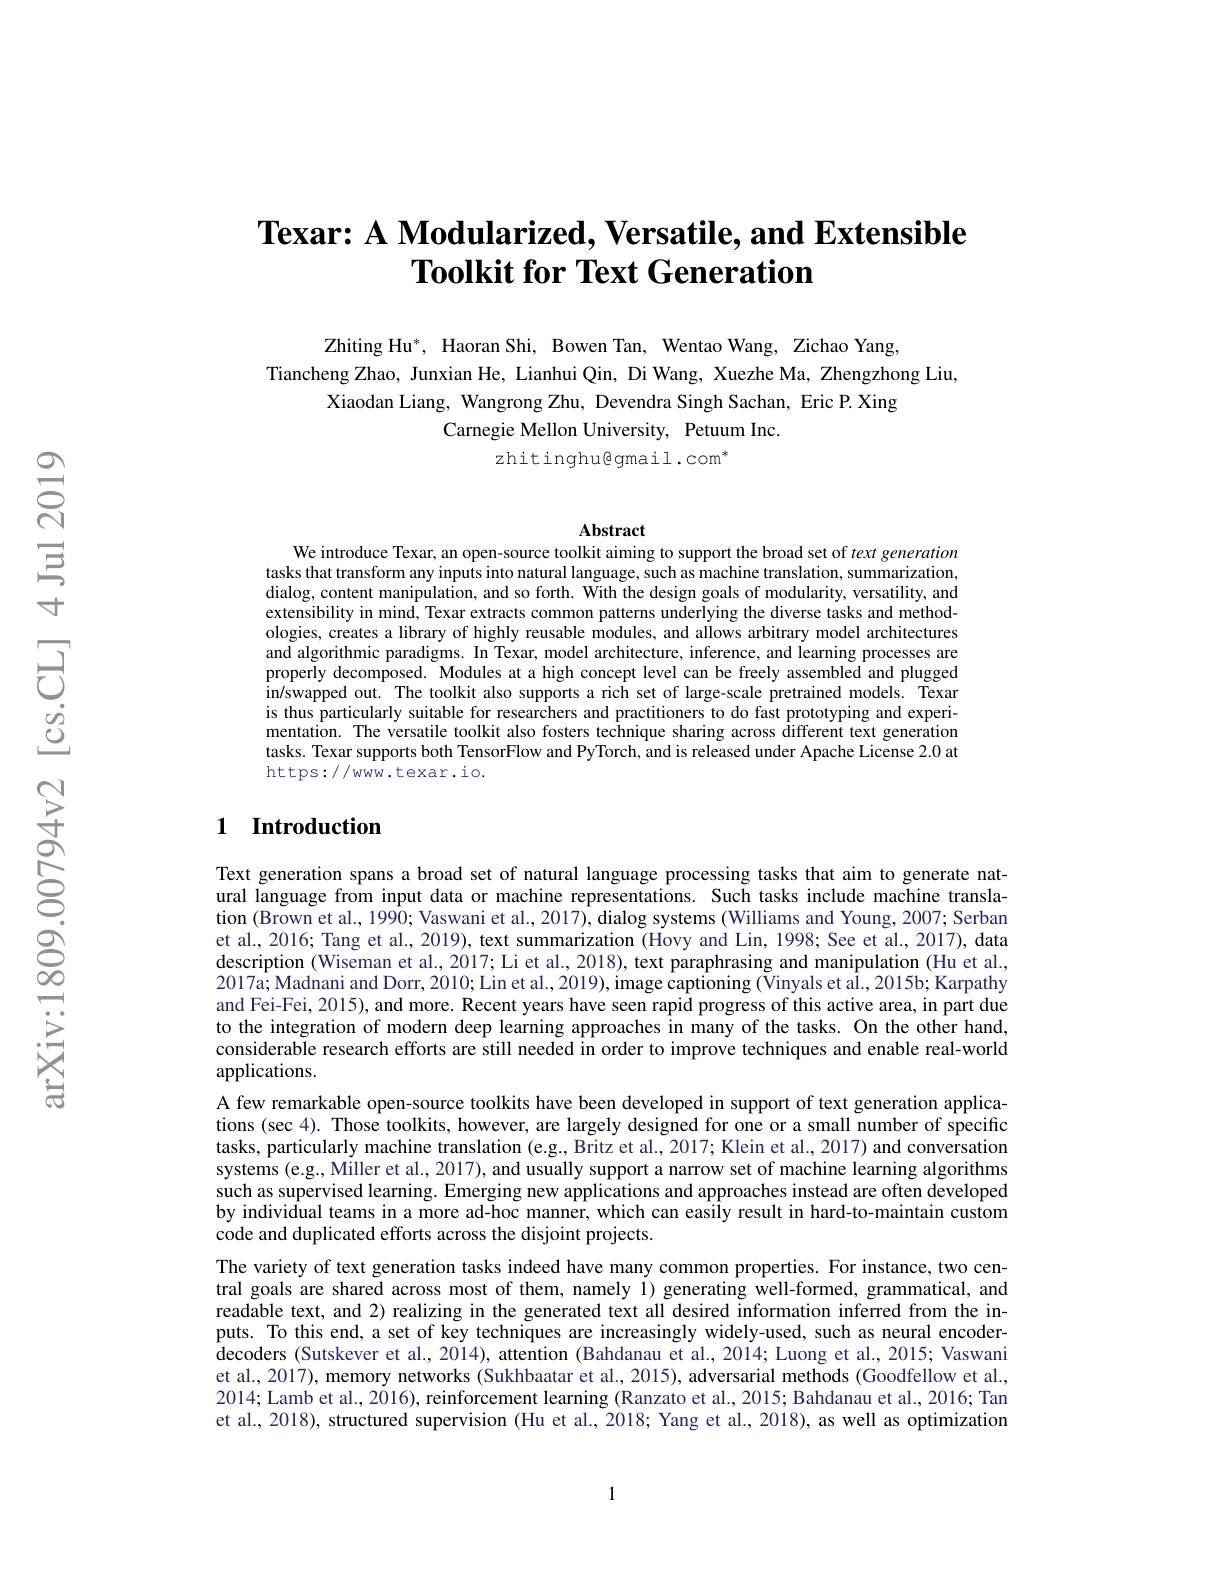
# $\textbf{Texar: A Modularized, Versatile, and Extensible}$ $\textbf{Toolkit for Text Generation}$

Zhiting Hu*, Haoran Shi, Bowen Tan, Wentao Wang, Zichao Yang,
Tiancheng Zhao, Junxian He, Lianhui Qin, Di Wang, Xuezhe Ma, Zhengzhong Liu,
Xiaodan Liang, Wangrong Zhu, Devendra Singh Sachan, Eric P. Xing
Carnegie Mellon University, Petuum Inc.
$zhitinghu@gmail.com^*$

### Abstract

We introduce Texar, an open-source toolkit aiming to support the broad set of text generation tasks that transform any inputs into natural language, such as machine translation, summarization, dialog, content manipulation, and so forth. With the design goals of modularity, versatility, and extensibility in mind, Texar extracts common patterns underlying the diverse tasks and methodologies, creates a library of highly reusable modules, and allows arbitrary model architectures and algorithmic paradigms. In Texar, model architecture, inference, and learning processes are properly decomposed. Modules at a high concept level can be freely assembled and plugged in/swapped out. The toolkit also supports a rich set of large-scale pretrained models. Texar is thus particularly suitable for researchers and practitioners to do fast prototyping and experimentation. The versatile toolkit also fosters technique sharing across different text generation tasks. Texar supports both TensorFlow and PyTorch, and is released under Apache License 2.0 at https://www.texar.io.

### 1 Introduction

Text generation spans a broad set of natural language processing tasks that aim to generate natural language from input data or machine representations. Such tasks include machine translation (Brown et al., 1990; Vaswani et al., 2017), dialog systems (Williams and Young, 2007; Serban et al., 2016; Tang et al., 2019), text summarization (Hovy and Lin, 1998; See et al., 2017), data description (Wiseman et al., 2017; Li et al., 2018), text paraphrasing and manipulation (Hu et al. 2017a; Madnani and Dorr, 2010; Lin et al., 2019), image captioning (Vinyals et al., 2015b; Karpathy and Fei-Fei, 2015), and more. Recent years have seen rapid progress of this active area, in part due to the integration of modern deep learning approaches in many of the tasks. On the other hand, considerable research efforts are still needed in order to improve techniques and enable real-world applications.
A few remarkable open-source toolkits have been developed in support of text generation applications (sec 4). Those toolkits, however, are largely designed for one or a small number of specific tasks, particularly machine translation (e.g, Britz et al., 2017; Klein et al., 2017) and conversation systems (e.g., Miller et al., 2017), and usually support a narrow set of machine learning algorithms such as supervised learning. Emerging new applications and approaches instead are often developed by individual teams in a more ad-hoc manner, which can easily result in hard-to-maintain custom code and duplicated efforts across the disjoint projects.
The variety of text generation tasks indeed have many common properties. For instance, two central goals are shared across most of them, namely 1) generating well-formed, grammatical, and readable text, and 2) realizing in the generated text all desired information inferred from the inputs. To this end, a set of key techniques are increasingly widely-used, such as neural encoderdecoders (Sutskever et al., 2014), attention (Bahdanau et al., 2014; Luong et al., 2015; Vaswani et al., 2017), memory networks (Sukhbaatar et al., 2015), adversarial methods (Goodfellow et al., 2014; Lamb et al., 2$\tilde{0}16)$, reinforcement learning (Ranzato et al., 2015; Bahdanau et al., 2016; Tan et al., 2018), structured supervision (Hu et al., 2018; Yang et al., 2018), as well as optimization

1